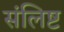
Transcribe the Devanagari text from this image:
संलिष्ट